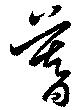
暮